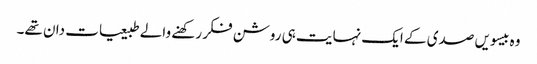
وہ بیسویں صدی کے ایک نہایت ہی روشن فکر رکھنے والے طبیعیات دان تھے۔